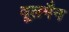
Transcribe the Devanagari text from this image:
वूलमैन